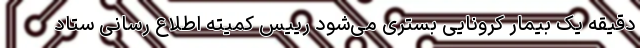
دقیقه یک بیمارِ کرونایی بستری می‌شود رییس کمیته اطلاع رسانی ستاد